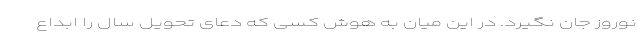
نوروز جان نگیرد. در این میان به هوش کسی که دعای تحویل سال را ابداع